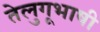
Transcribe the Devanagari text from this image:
तेलुगूभाषी